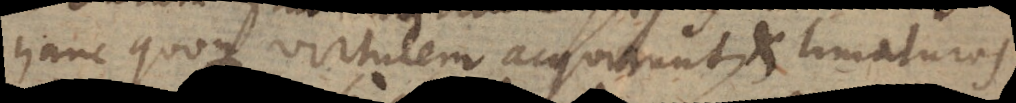
hanc quoque virtutem acquirunt, et limaturas